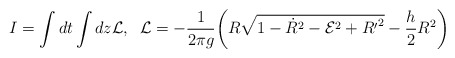
\begin{align*}I=\int dt \int dz {\cal L},\;\; {\cal L}= -\frac{1}{2\pi g}\bigg(R\sqrt{1-{\dot R}^2-{\cal E}^2 + {R^{\prime}}^2} -\frac{h}{2}R^2\bigg)\end{align*}